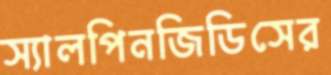
স্যালপিনজিডিসের